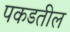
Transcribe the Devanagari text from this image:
पकडतील